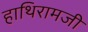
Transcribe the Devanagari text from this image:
हाथिरामजी